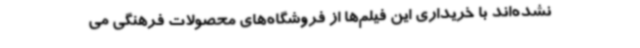
نشده‌اند با خریداری این فیلم‌ها از فروشگاه‌های محصولات فرهنگی می‌